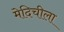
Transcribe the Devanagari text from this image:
मेदिचीला